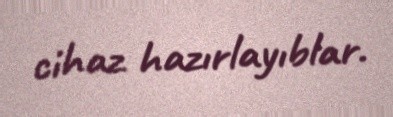
cihaz hazırlayıblar.